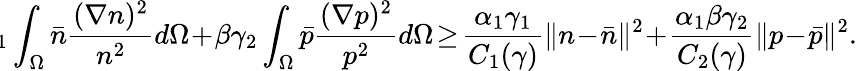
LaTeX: \begin{array}{l}{\! \! \! \! \gamma_{1}\displaystyle\int_{\Omega}\bar{n}\displaystyle\frac{(\nabla n)^{2}}{n^{2}}d\Omega\! +\! \beta\gamma_{2}\displaystyle\int_{\Omega}\bar{p}\displaystyle\frac{(\nabla p)^{2}}{p^{2}}d\Omega\! \geq\! \displaystyle\frac{\alpha_{1}\gamma_{1}}{C_{1}(\gamma)}\| n\! -\! \bar{n}\| ^{2}\! +\! \displaystyle\frac{\alpha_{1}\beta\gamma_{2}}{C_{2}(\gamma)}\| p\! -\! \bar{p}\| ^{2}.}\end{array}